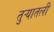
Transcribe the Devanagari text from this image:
तुऱ्यातली